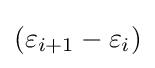
{\textstyle (\varepsilon _{i+1}-\varepsilon _{i})}